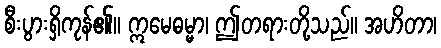
စီးပွားရှိကုန်၏။ ဣမေဓမ္မာ၊ ဤတရားတို့သည်။ အဟိတာ၊